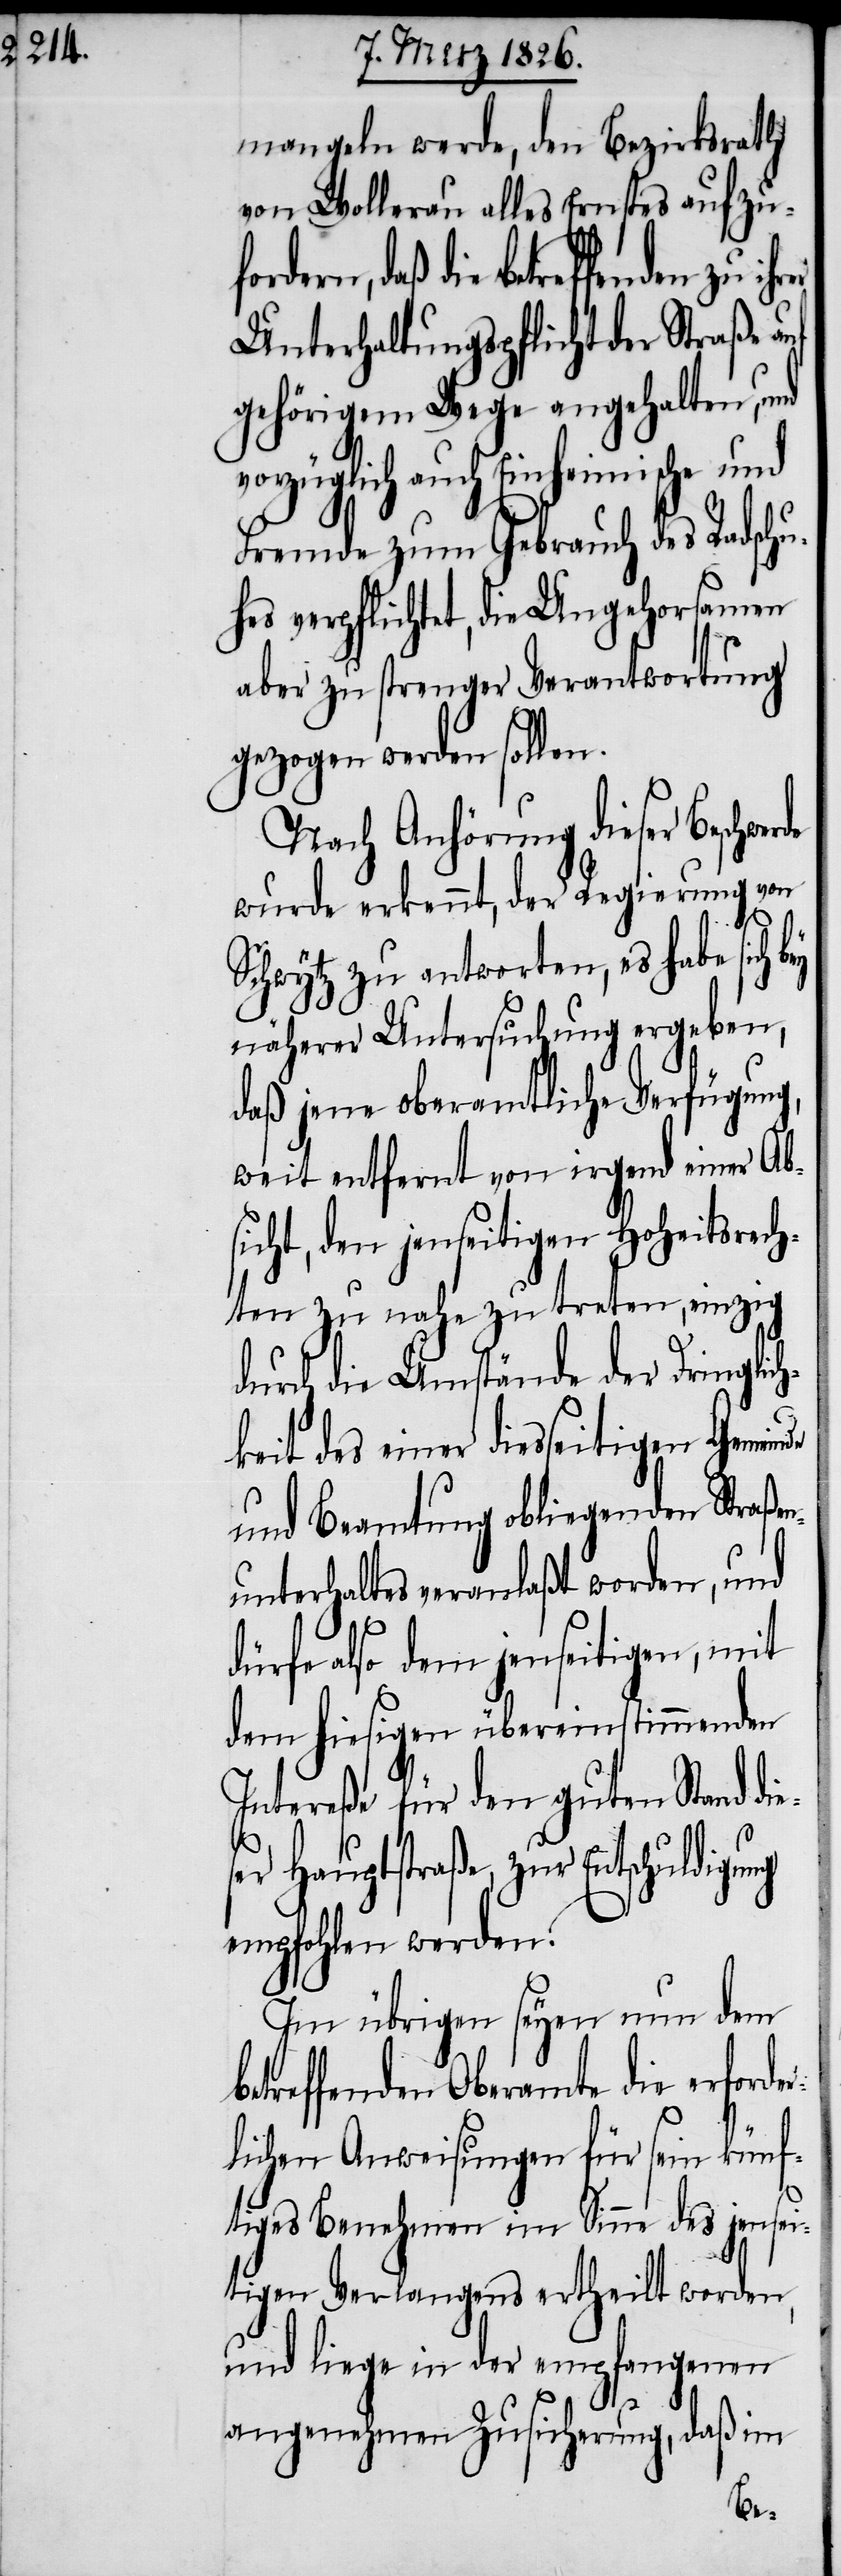
mangeln werde, den Bezirksrath
von Wollerau alles Ernstes aufzuf¬
ordern, daß die betreffenden
Unterhaltungspflicht der Straße auf
gehörigem Wege angehalten, und
vorzüglich auch Einheimische und
Fremde zum Gebrauch des Radschu¬
hes verpflichtet, die Ungehorsamen
aber zu strenger Verantwortung
gezogen werden sollen.
Nach Anhörung dieser Beschwe¬
wurde erkennt, der Regierung von
Schwytz zu antworten, es habe sich
näherer Untersuchung ergeben,
daß jene oberamtliche Verfügung,
weit entfernt von irgend einer Ab¬
sicht, den jenseitigen Hoheitsrech¬
ten zu nahe zu treten, einzig
durch die Umstände der Dringlich¬
keit des einer diesseitigen Gemeinde
und Beamtung obliegenden Straßen¬
unterhaltes veranlaßt worden, und
dürfe also dem jenseitigen, mit
dem hiesigen übereinstimmenden
Intereße für den guten Stand di¬
r Hauptstraße, zur Entschuldig¬
empfohlen werden.
Im übrigen seyen nun dem
betreffenden Oberamte die erforde¬
rlichen Anweisungen für sein künf¬
tiges Benehmen im Sinne des jensei¬
tigen Verlangens ertheilt worden,
und liege in der empfangenen
ung
angenehmen Zusicherung, daß im
ese¬